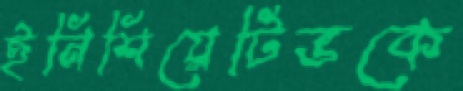
ইনিশিয়েটিভকে